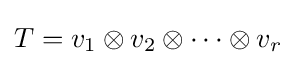
T=v_{1}\otimes v_{2}\otimes \cdots \otimes v_{r}